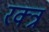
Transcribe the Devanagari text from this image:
रक्त्र